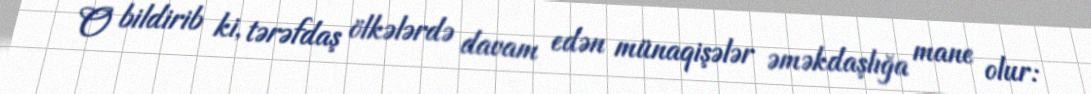
O bildirib ki, tərəfdaş ölkələrdə davam edən münaqişələr əməkdaşlığa mane olur: